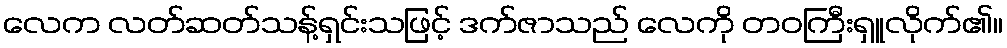
လေက လတ်ဆတ်သန့်ရှင်းသဖြင့် ဒက်ဇာသည် လေကို တဝကြီးရှူလိုက်၏။